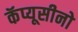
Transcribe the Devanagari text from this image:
कॅप्यूसीनो